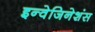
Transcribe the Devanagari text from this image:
इन्वेजिनेशंस